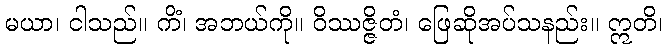
မယာ၊ ငါသည်။ ကိံ၊ အဘယ်ကို။ ဝိဿဇ္ဇိတံ၊ ဖြေဆိုအပ်သနည်း။ ဣတိ၊